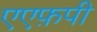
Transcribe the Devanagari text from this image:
एएफ़पी